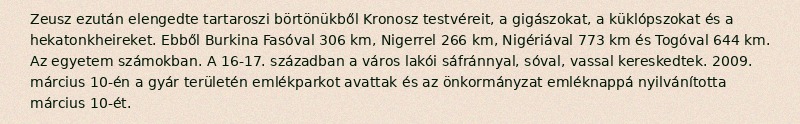
Zeusz ezután elengedte tartaroszi börtönükből Kronosz testvéreit, a gigászokat, a küklópszokat és a hekatonkheireket. Ebből Burkina Fasóval 306 km, Nigerrel 266 km, Nigériával 773 km és Togóval 644 km. Az egyetem számokban. A 16-17. században a város lakói sáfránnyal, sóval, vassal kereskedtek. 2009. március 10-én a gyár területén emlékparkot avattak és az önkormányzat emléknappá nyilvánította március 10-ét.